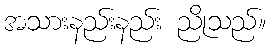
အသားနည်းနည်း ညိုသည်။